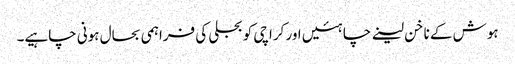
ہوش کے ناخن لینے چاہئیں اور کراچی کو بجلی کی فراہمی بحال ہونی چاہیے۔